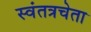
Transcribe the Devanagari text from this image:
स्वंतत्रचेता